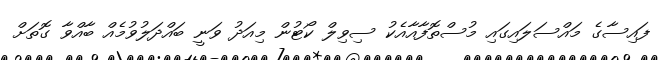
ފައިސާގެ މައްސަލައިގައި މުސްތޮފާއާއެކު ސިވިލް ކޯޓުން މިއަދު ވަނީ ބައްދަލުވުމެއް ބާއްވާ ގޮތަށް